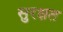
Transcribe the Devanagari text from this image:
सुरक्षत